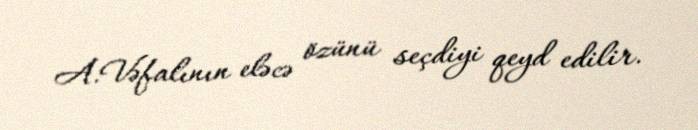
A.Vəfalının eləcə özünü seçdiyi qeyd edilir.